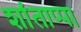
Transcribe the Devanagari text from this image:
शांताप्पा